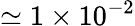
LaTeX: \simeq 1\times 10^{-2}